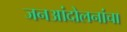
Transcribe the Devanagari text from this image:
जनआंदोलनांचा